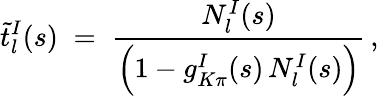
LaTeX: \tilde{t}_{l}^{I}(s)\; =\; \frac{N_{l}^{I}(s)}{\Big(1-g_{K\pi}^{I}(s)\, N_{l}^{I}(s)\Big)}\, ,